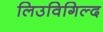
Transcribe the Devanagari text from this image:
लिउविगिल्द